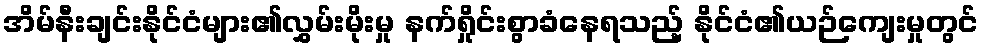
အိမ်နီးချင်းနိုင်ငံများ၏လွှမ်းမိုးမှု နက်ရှိုင်းစွာခံနေရသည့် နိုင်ငံ၏ယဉ်ကျေးမှုတွင်